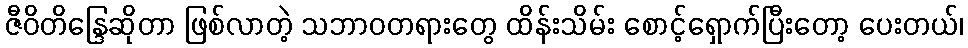
ဇီဝိတိန္ဒြေဆိုတာ ဖြစ်လာတဲ့ သဘာဝတရားတွေ ထိန်းသိမ်း စောင့်ရှောက်ပြီးတော့ ပေးတယ်၊